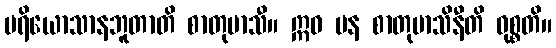
ပရိယောသာနဘူတာတိ စာတုမာသီ။ ဣဓ ပန စာတုမာသိနီတိ ဝုစ္စတိ။